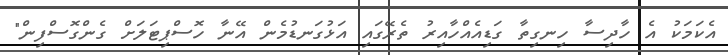
އެކަމަކު އެ ހާދިސާ ހިނގިތާ ގަޑިއެއްހާއިރު ތެރޭގައި އަޅުގަނޑުމެން އޭނާ ހޮސްޕިޓަލަށް ގެންގޮސްފިން"